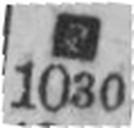
1030